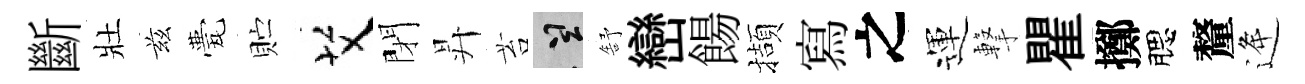
斷壯兹甍贮艾閉昇苔誠舒巒餳擷寫之運撃瞿擲腮釐逄